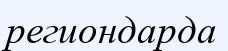
региондарда